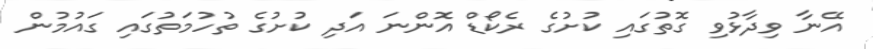
އޭނާ ވިދާޅުވި ގޮތުގައި ކުށުގެ ރެކޯޑް އޮންނަ އަދި ކުށުގެ ތުހުމަތުގައި ގައުމުން